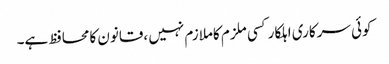
کوئی سرکاری اہلکارکسی ملزم کاملازم نہیں ،قانون کامحافظ ہے۔